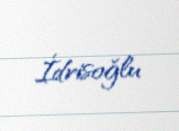
İdrisoğlu